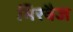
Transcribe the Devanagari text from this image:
मिरवैज